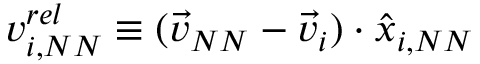
v _ { i , N N } ^ { r e l } \equiv ( \vec { v } _ { N N } - \vec { v } _ { i } ) \cdot \hat { x } _ { i , N N }